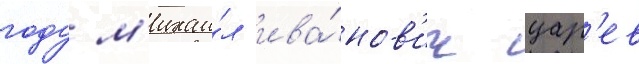
году м'ихаи́л ива́нов'ич цар'ев